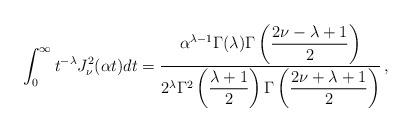
LaTeX: \begin{align*}\int_0^\infty t^{-\lambda}J_\nu^2(\alpha t)dt=\frac{\alpha^{\lambda-1}\Gamma(\lambda) \Gamma\left(\displaystyle{\frac{2\nu-\lambda+1}{2}}\right)} {2^\lambda\Gamma^2\left(\displaystyle{\frac{\lambda+1}{2}}\right) \Gamma\left(\displaystyle{\frac{2\nu+\lambda+1}{2}}\right)}\,,\end{align*}